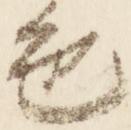
色